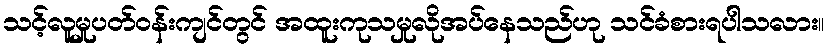
သင့်လူမှုပတ်ဝန်းကျင်တွင် အထူးကုသမှုလိုအပ်နေသည်ဟု သင်ခံစားရပါသလား။